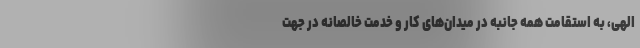
الهی، به استقامت همه جانبه در میدان‌های کار و خدمت خالصانه در جهت